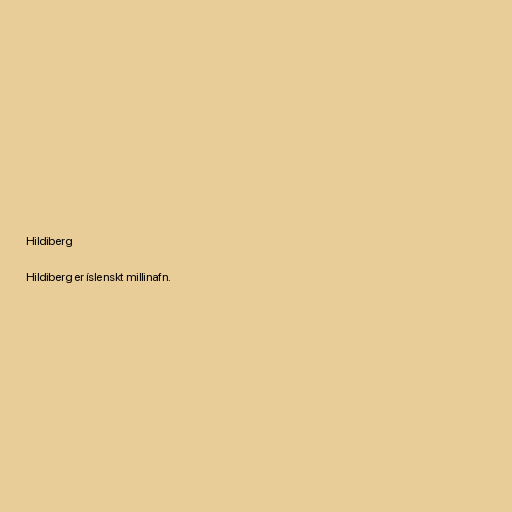
Hildiberg

Hildiberg er íslenskt millinafn.